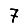
Digit: 7